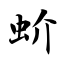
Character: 蚧